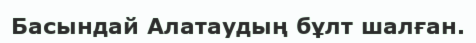
Басындай Алатаудың бұлт шалған.